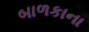
બાળકાના